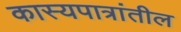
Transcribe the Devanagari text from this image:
कास्यपात्रांतील